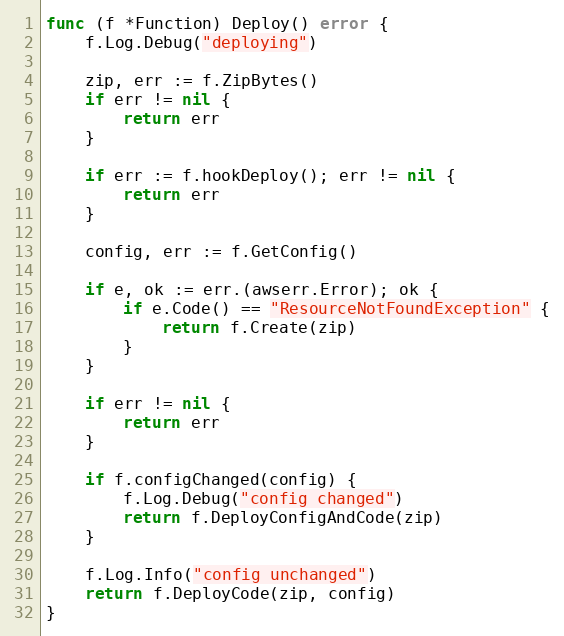
Language: Go
func (f *Function) Deploy() error {
	f.Log.Debug("deploying")

	zip, err := f.ZipBytes()
	if err != nil {
		return err
	}

	if err := f.hookDeploy(); err != nil {
		return err
	}

	config, err := f.GetConfig()

	if e, ok := err.(awserr.Error); ok {
		if e.Code() == "ResourceNotFoundException" {
			return f.Create(zip)
		}
	}

	if err != nil {
		return err
	}

	if f.configChanged(config) {
		f.Log.Debug("config changed")
		return f.DeployConfigAndCode(zip)
	}

	f.Log.Info("config unchanged")
	return f.DeployCode(zip, config)
}